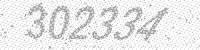
Solution: 302334